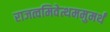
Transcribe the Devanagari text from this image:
राजत्वमिवेत्थममुमर्थं